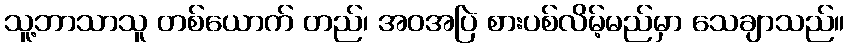
သူ့ဘာသာသူ တစ်ယောက် တည်၊ အဝအပြဲ စားပစ်လိမ့်မည်မှာ သေချာသည်။